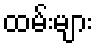
ထမ်းများ